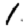
Digit: 1